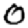
Digit: 0